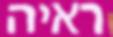
ראיה